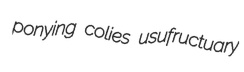
ponying colies usufructuary